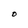
Character: O